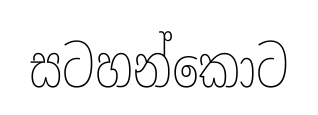
සටහන්කොට